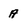
Character: a